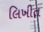
લિખીત